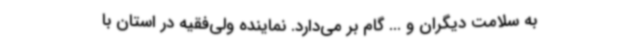
به سلامت دیگران و ... گام بر می‌دارد. نماینده ولی‌فقیه در استان با